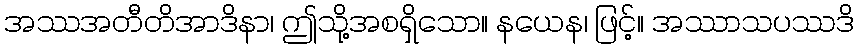
အဿအတီတိအာဒိနာ၊ ဤသို့အစရှိသော။ နယေန၊ ဖြင့်။ အဿာသပဿဒိ